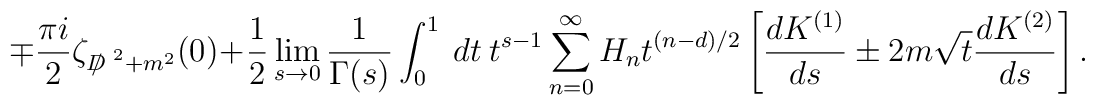
\mp \frac{\pi i}{2}\zeta_{{D\!\!\!\!/}^{~2}+m^2}(0)+\frac{1}{2}\lim_{s\to 0}\frac{1}{\Gamma(s)}\int^1_0~dt~t^{s-1}\sum_{n=0}^{\infty} H_nt^{{(n-d)}/{2}}\left[\frac{d K^{(1)}}{ds}\pm 2 m\sqrt{t}\frac{d K^{(2)}}{ds}\right].